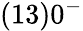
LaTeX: (13)0^{-}